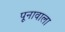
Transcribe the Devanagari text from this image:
पूनावाला